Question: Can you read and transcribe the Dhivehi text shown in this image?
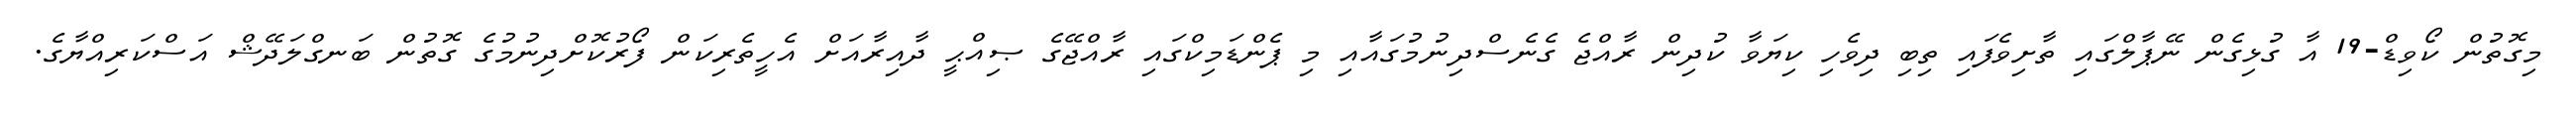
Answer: މިގޮތުން ކޯވިޑް-19 އާ ގުޅިގެން ނޭޕާލްގައި ތާށިވެފައި ތިބި ދިވެހި ކިޔަވާ ކުދިން ރާއްޖެ ގެނެސްދިނުމުގައާއި މި ޕެންޑަމިކްގައި ރާއްޖޭގެ ޞިއްޙީ ދާއިރާއަށް އެހީތެރިކަން ފޯރުކޮށްދިނުމުގެ ގޮތުން ބަނގްލަދޭޝް އަސްކަރިއްޔާގެ.